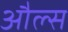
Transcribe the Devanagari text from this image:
औल्स